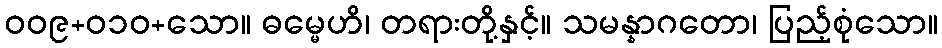
ဝဝ၉+၀၁ဝ+သော။ ဓမ္မေဟိ၊ တရားတို့နှင့်။ သမန္နာဂတော၊ ပြည့်စုံသော။